Annual administration and progress report of the Indian Medical Department, Bombay
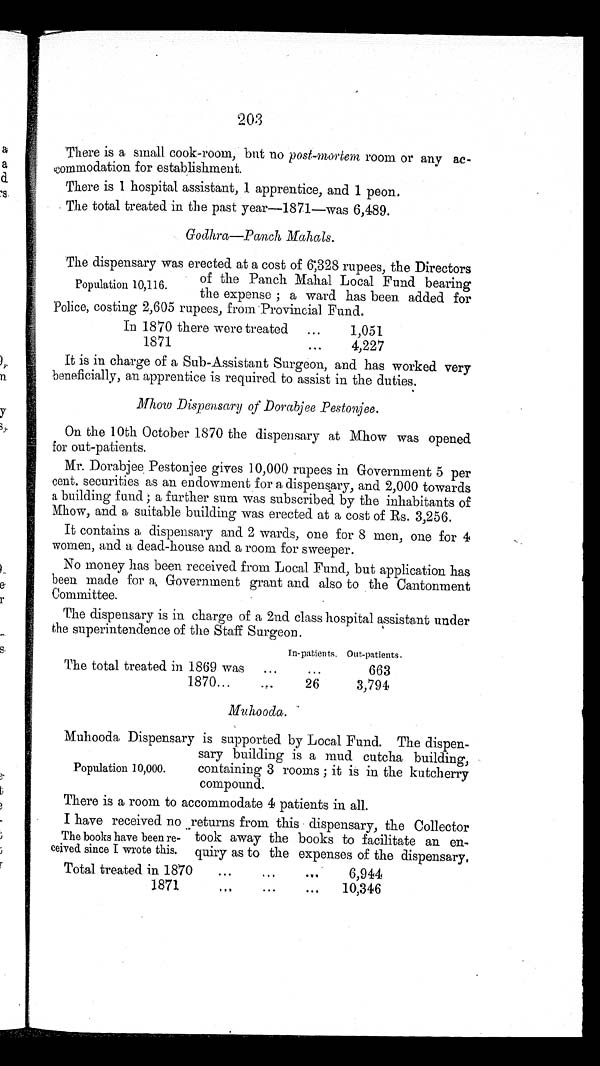
There is a small cook-room, but no post-mortem room or any ac
-commodation for establishment.
There is 1 hospital assistant, 1 apprentice, and 1 peon.
The total treated in the past year—1871—was 6,489.
Godhra—Panch Mahals.
The dispensary was erected at a cost of 6,328 rupees, the Directors
of the Panch Mahal Local Fund bearing
Population 10,116. the expense ; a ward has been added for
Police, costing 2,605 rupees, from Provincial Fund.
In 1870 there were treated ...
1,051
1871
... 4,227
It is in charge of a Sub-Assistant Surgeon, and has worked very
beneficially, an apprentice is required to assist in the duties.
Mhow Dispensary of Dorabjee Pestonjee.
On the 10th October 1870 the dispensary at Mhow was opened
for out-patients.
Mr. Dorabjee Pestonjee gives 10,000 rupees in Government 5 per
cent. securities as an endowment for a dispensary, and 2,000 towards
a building fund ; a further sum was subscribed by the inhabitants of
Mhow, and a suitable building was erected at a cost of Rs. 3,256.
It contains a dispensary and 2 wards, one for 8 men, one for 4
women, and a dead-house and a room for sweeper.
No money has been received from Local Fund, but application has
been made for a Government grant and also to the Cantonment
Committee
.
The dispensary is in charge of a 2nd class hospital assistant under
the superintendence of the Staff Surgeon.
In-patients. Out-patients.
The total treated in 1869 was
...
... 663
1870...
... 26 3,794
Muhooda.
Muhooda Dispensary is supported by Local Fund. The dispen
-
sary building is a mud cutcha building,
Population 10,000. containing 3 rooms ; it is in the kutcherry
compound.
There is a room to accommodate 4 patients in all.
I have received no returns from this dispensary, the Collector
The books have been re- took away the books to facilitate an en
-ceived since I wrote this. quiry as to the expenses of the dispensary.
Total treated in 1870 ... ... ... 6,944
1871 ... ... ... 10,346